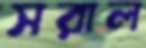
সরাল